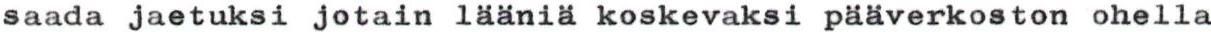
saada jaetuksi jotain lääniä koskevaksi pääverkoston ohella